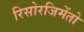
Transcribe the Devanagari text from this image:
रिसोरजिमेंतो